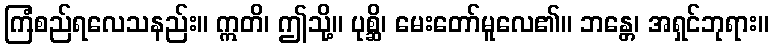
ကြံစည်ရလေသနည်း။ ဣတိ၊ ဤသို့။ ပုစ္ဆိ၊ မေးတော်မူလေ၏။ ဘန္တေ၊ အရှင်ဘုရား။